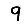
Digit: 9